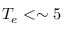
T _ { e } < \sim 5